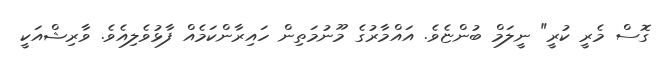
ގޮސް މެރީ ކުރީ" ނީލަމް ބުންޏެވެ. އައްމާރުގެ މޫނުމަތިން ހައިރާންކަމެއް ފާޅުވެލިއެވެ. ވާރިޝްއަކީ